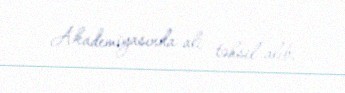
Akademiyasında ali təhsil alıb.